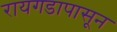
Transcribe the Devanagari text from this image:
रायगडापासून